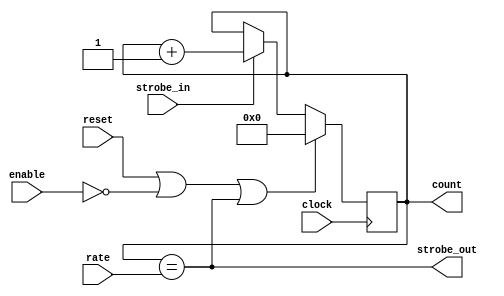
module WcaDspStrobe(
		clock,
		reset,		 //Resets the counter.
		strobe_in,   //
		enable,
		rate,			 //Strobe rate.
		strobe_out,	 //strobe signal.
		count			 //Optional Strobe Counter output.
    );
parameter INITIAL_VAL   = 24'd0;
parameter INCREMENT_VAL = 24'h1;

	input wire clock, reset, enable, strobe_in;
	input wire [23: 0] rate;
	output wire strobe_out;
	output reg [23:0] count;
   
	assign strobe_out = count == rate;
   always @(posedge clock)
     if(reset | ~enable | strobe_out)
       count <= #1 INITIAL_VAL;
     else if( strobe_in)
	    count <= #1 count + INCREMENT_VAL;	


	//Implment internal counter.
	/*
	DspCounter24 dspctcor( .clk(clock), .up( 1'b0), .load( strobe | reset), .l( rate), .q( count) );
*/

endmodule